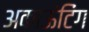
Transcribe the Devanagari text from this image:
अकाऊंटिंग